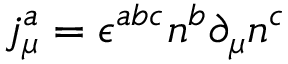
j _ { \mu } ^ { a } = \epsilon ^ { a b c } n ^ { b } \partial _ { \mu } n ^ { c }